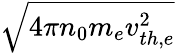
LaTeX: \sqrt{4\pi n_{0}m_{e}v_{th,e}^{2}}